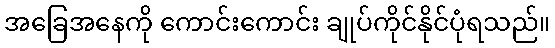
အခြေအနေကို ကောင်းကောင်း ချုပ်ကိုင်နိုင်ပုံရသည်။